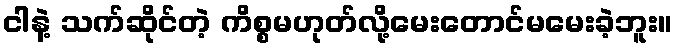
ငါနဲ့ သက်ဆိုင်တဲ့ ကိစ္စမဟုတ်လို့မေးတောင်မမေးခဲ့ဘူး။